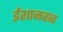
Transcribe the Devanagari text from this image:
ईशानवन